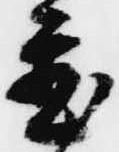
置